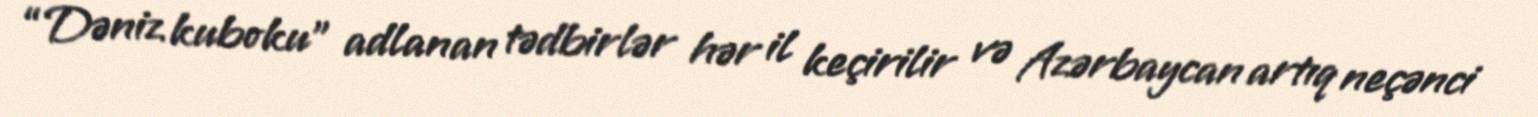
“Dəniz kuboku” adlanan tədbirlər hər il keçirilir və Azərbaycan artıq neçənci